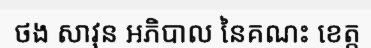
ថង សាវុន អភិបាល នៃគណះ ខេត្ត